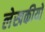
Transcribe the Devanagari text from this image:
लेखकीयो